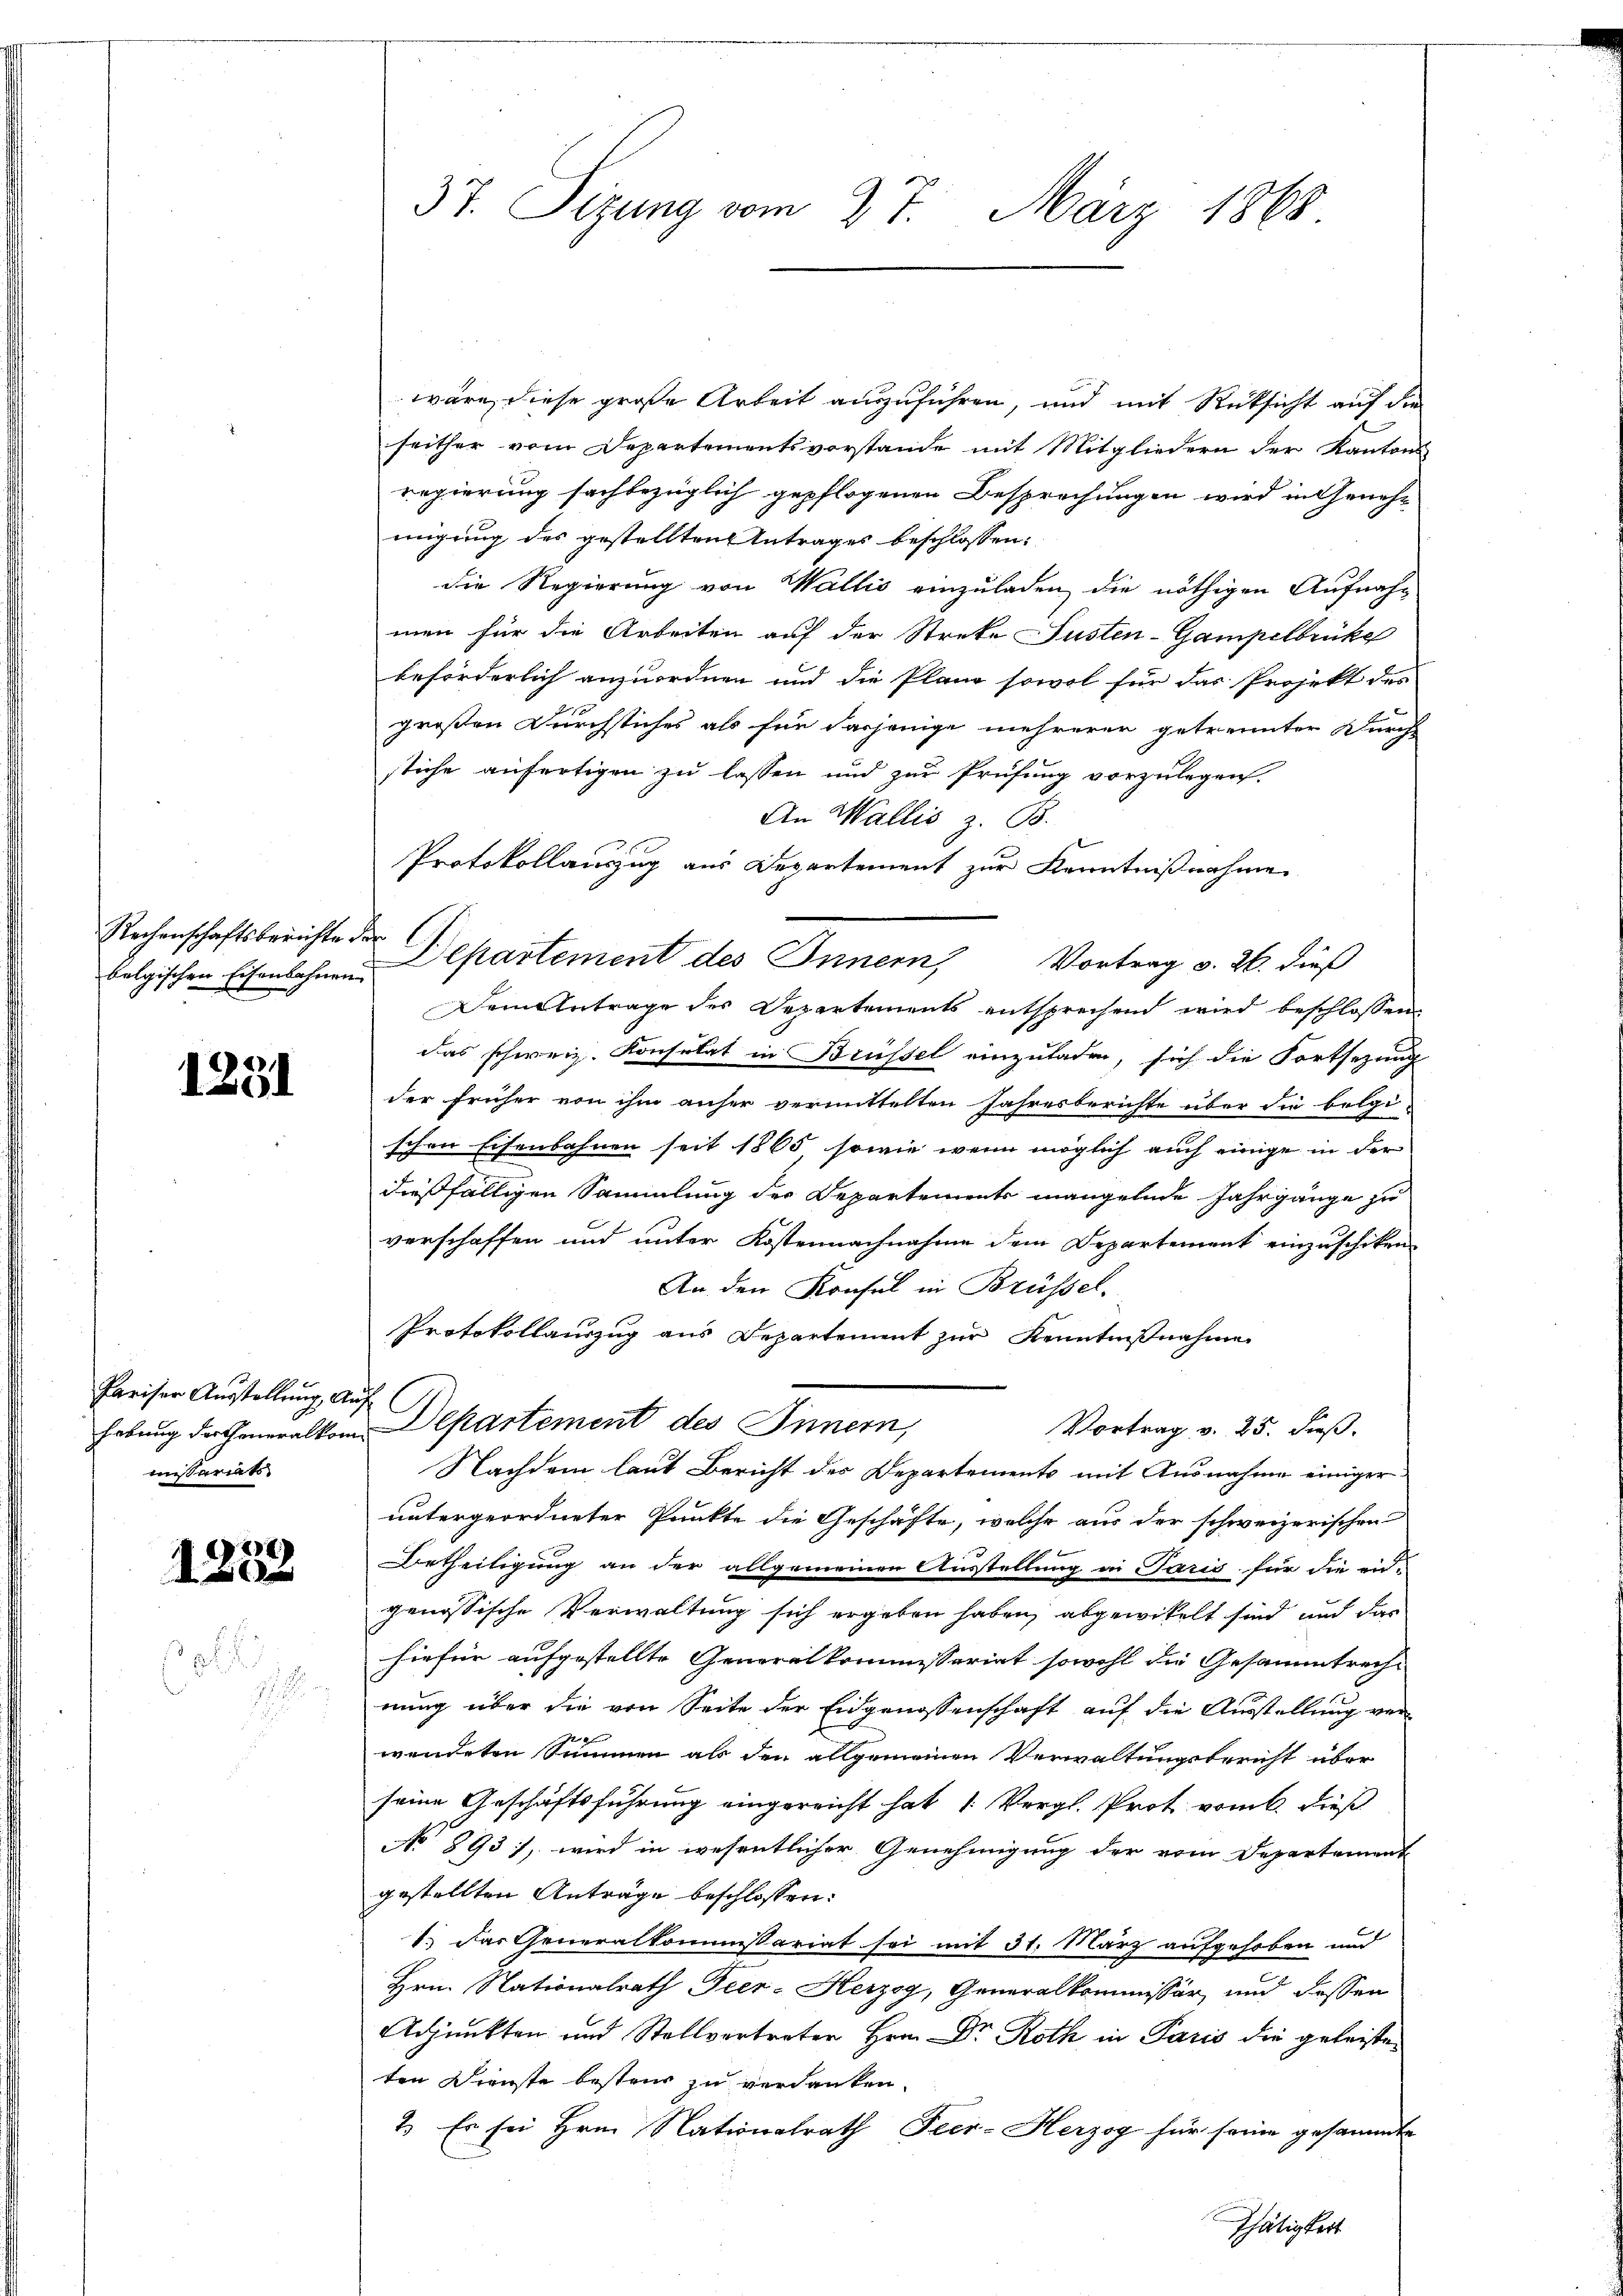
Rechenschaftsberichter.

1231

Pariser Ausstellung, An
missariats

22
A xx

37. Sizung vom 27. März 1868

wäre, diese große Arbeit auszuführen, und mit Rücksicht auf die
seither vom Departementsvorstande mit Mitgliedern der Kantons
regierung sachbezüglich gepflogenen Besprechungen wird in Geneh-
migung des gestellten Antrages beschlossen:
die Regierung von Wallis einzuladen, die nöthigen Aufnah-
men für die Arbeiten auf der Streke Justen-Gampelbrücke
beförderlich anzuordnen und die Planz sowol für das Projekt des
großen Durchstiches als für dasjenige mehrerer getrennter Durch
stiche anfertigen zu lassen und zur Prüfung vorzulegen.
An Wallis z. B.
Protokollauszug aus Departement zur Kenntnißnahme
h
Folgischen Eisenbahnen Departement des Innern, Vortrag v. 26. dieß
Dem Antrage des Departements entsprechend wird beschlossen
das schweiz. Konsulat in Brüssel einzuladen, sich die Fortsetzung
der früher von ihm anher vermittelten Jahresberichte über die belgi-
schen Eisenbahnen seit 1865, sowie wenn möglich auch einige in der
dießfälligen Sammlung der Departements mangelnde Jahrgänge zu
verschaffen und unter Kostennachnahme dem Departement einzuschiken
An den Konsul in Brüssel.
Protokollauszug aus Departement zur Kenntnißnahme
c
hebung der Generalkom Departement des Innern,
Vortrag v. 25. dieß.
Nachdem laut Bericht des Departements mit Ausnahme einiger
untergeordneter Punkte die Geschäfte, welche aus der schweizerischen
Uetheiligung an der allgemeinen Ausstellung in Paris für die ei-
genössische Verwaltung sich ergeben haben, abgewickelt sind, und das
hiefür aufgestellte Generalkommissariat sowohl die Gesammtrechnung über die von Seite der Eidgenossenschaft auf die Ausstellung von
r
wendeten Summen als den allgemeinen Verwaltungsbericht über
seine Geschäftsführung eingereicht hat 1. Vergl. Prot vom 6. dieß
No 893 1, wird in wesentlicher Genehmigung der vom Departement
gestellten Anträge beschlossen:
1.) Das Generalkommissariat sei mit 31. März aufgehoben und
Hrn. Nationalrath Peer-Herzog, Generalkommissär, und dessen
Adpunkten und Stellvertreter Hrn. Dr Roth in Paris die geleisteten Dienste besten zu verdanken.
2. Es sei Hrn. Nationalrath Peer- Herzog für seine gesammte
Thätigkeit